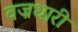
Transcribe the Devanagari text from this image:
वज्रधारी